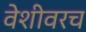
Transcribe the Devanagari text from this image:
वेशीवरच